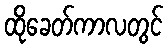
ထိုခေတ်ကာလတွင်